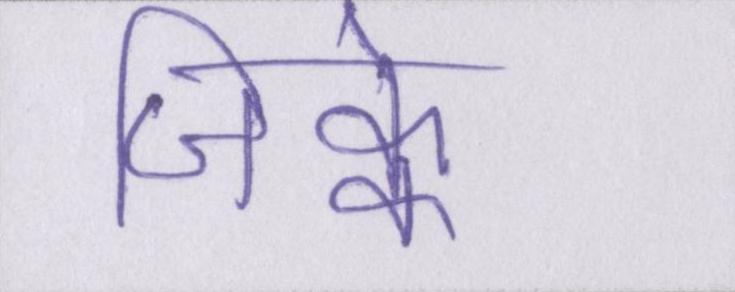
जिक्के